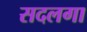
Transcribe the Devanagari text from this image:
सदलगा